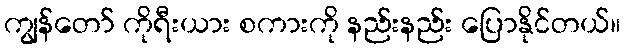
ကျွန်တော် ကိုရီးယား စကားကို နည်းနည်း ပြောနိုင်တယ်။